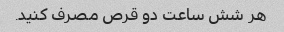
هر شش ساعت دو قرص مصرف کنید.